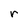
Character: r